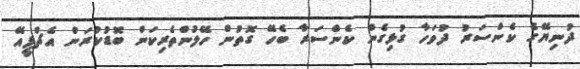
ދުނިޔޭގެ ކެންސަރު ދުވަހާ ގުޅިގެން ކެންސަރާ ބެހޭ ގޮތުން ހޭލުންތެރިކަން ބޮޑުކުރަން އެޗްޕީއޭ